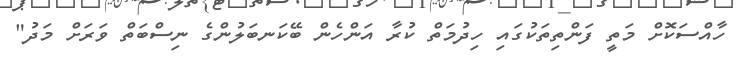
ހާއްސަކޮށް މަތީ ފަންތިތަކުގައި ހިދުމަތް ކުރާ އަންހެން ބޭކަނބަލުންގެ ނިސްބަތް ވަރަށް މަދު"